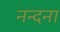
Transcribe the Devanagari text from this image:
नन्दना